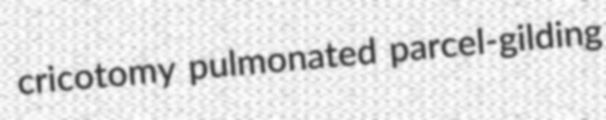
cricotomy pulmonated parcel-gilding